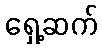
ရှေ့ဆက်